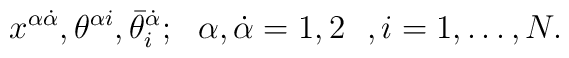
x^{\alpha \dot\alpha}, \theta^{ \alpha i}, \bar\theta^{\dot \alpha}_i; \ \ \alpha, \dot\alpha=1, 2 \ \ , i = 1, \dots , N.